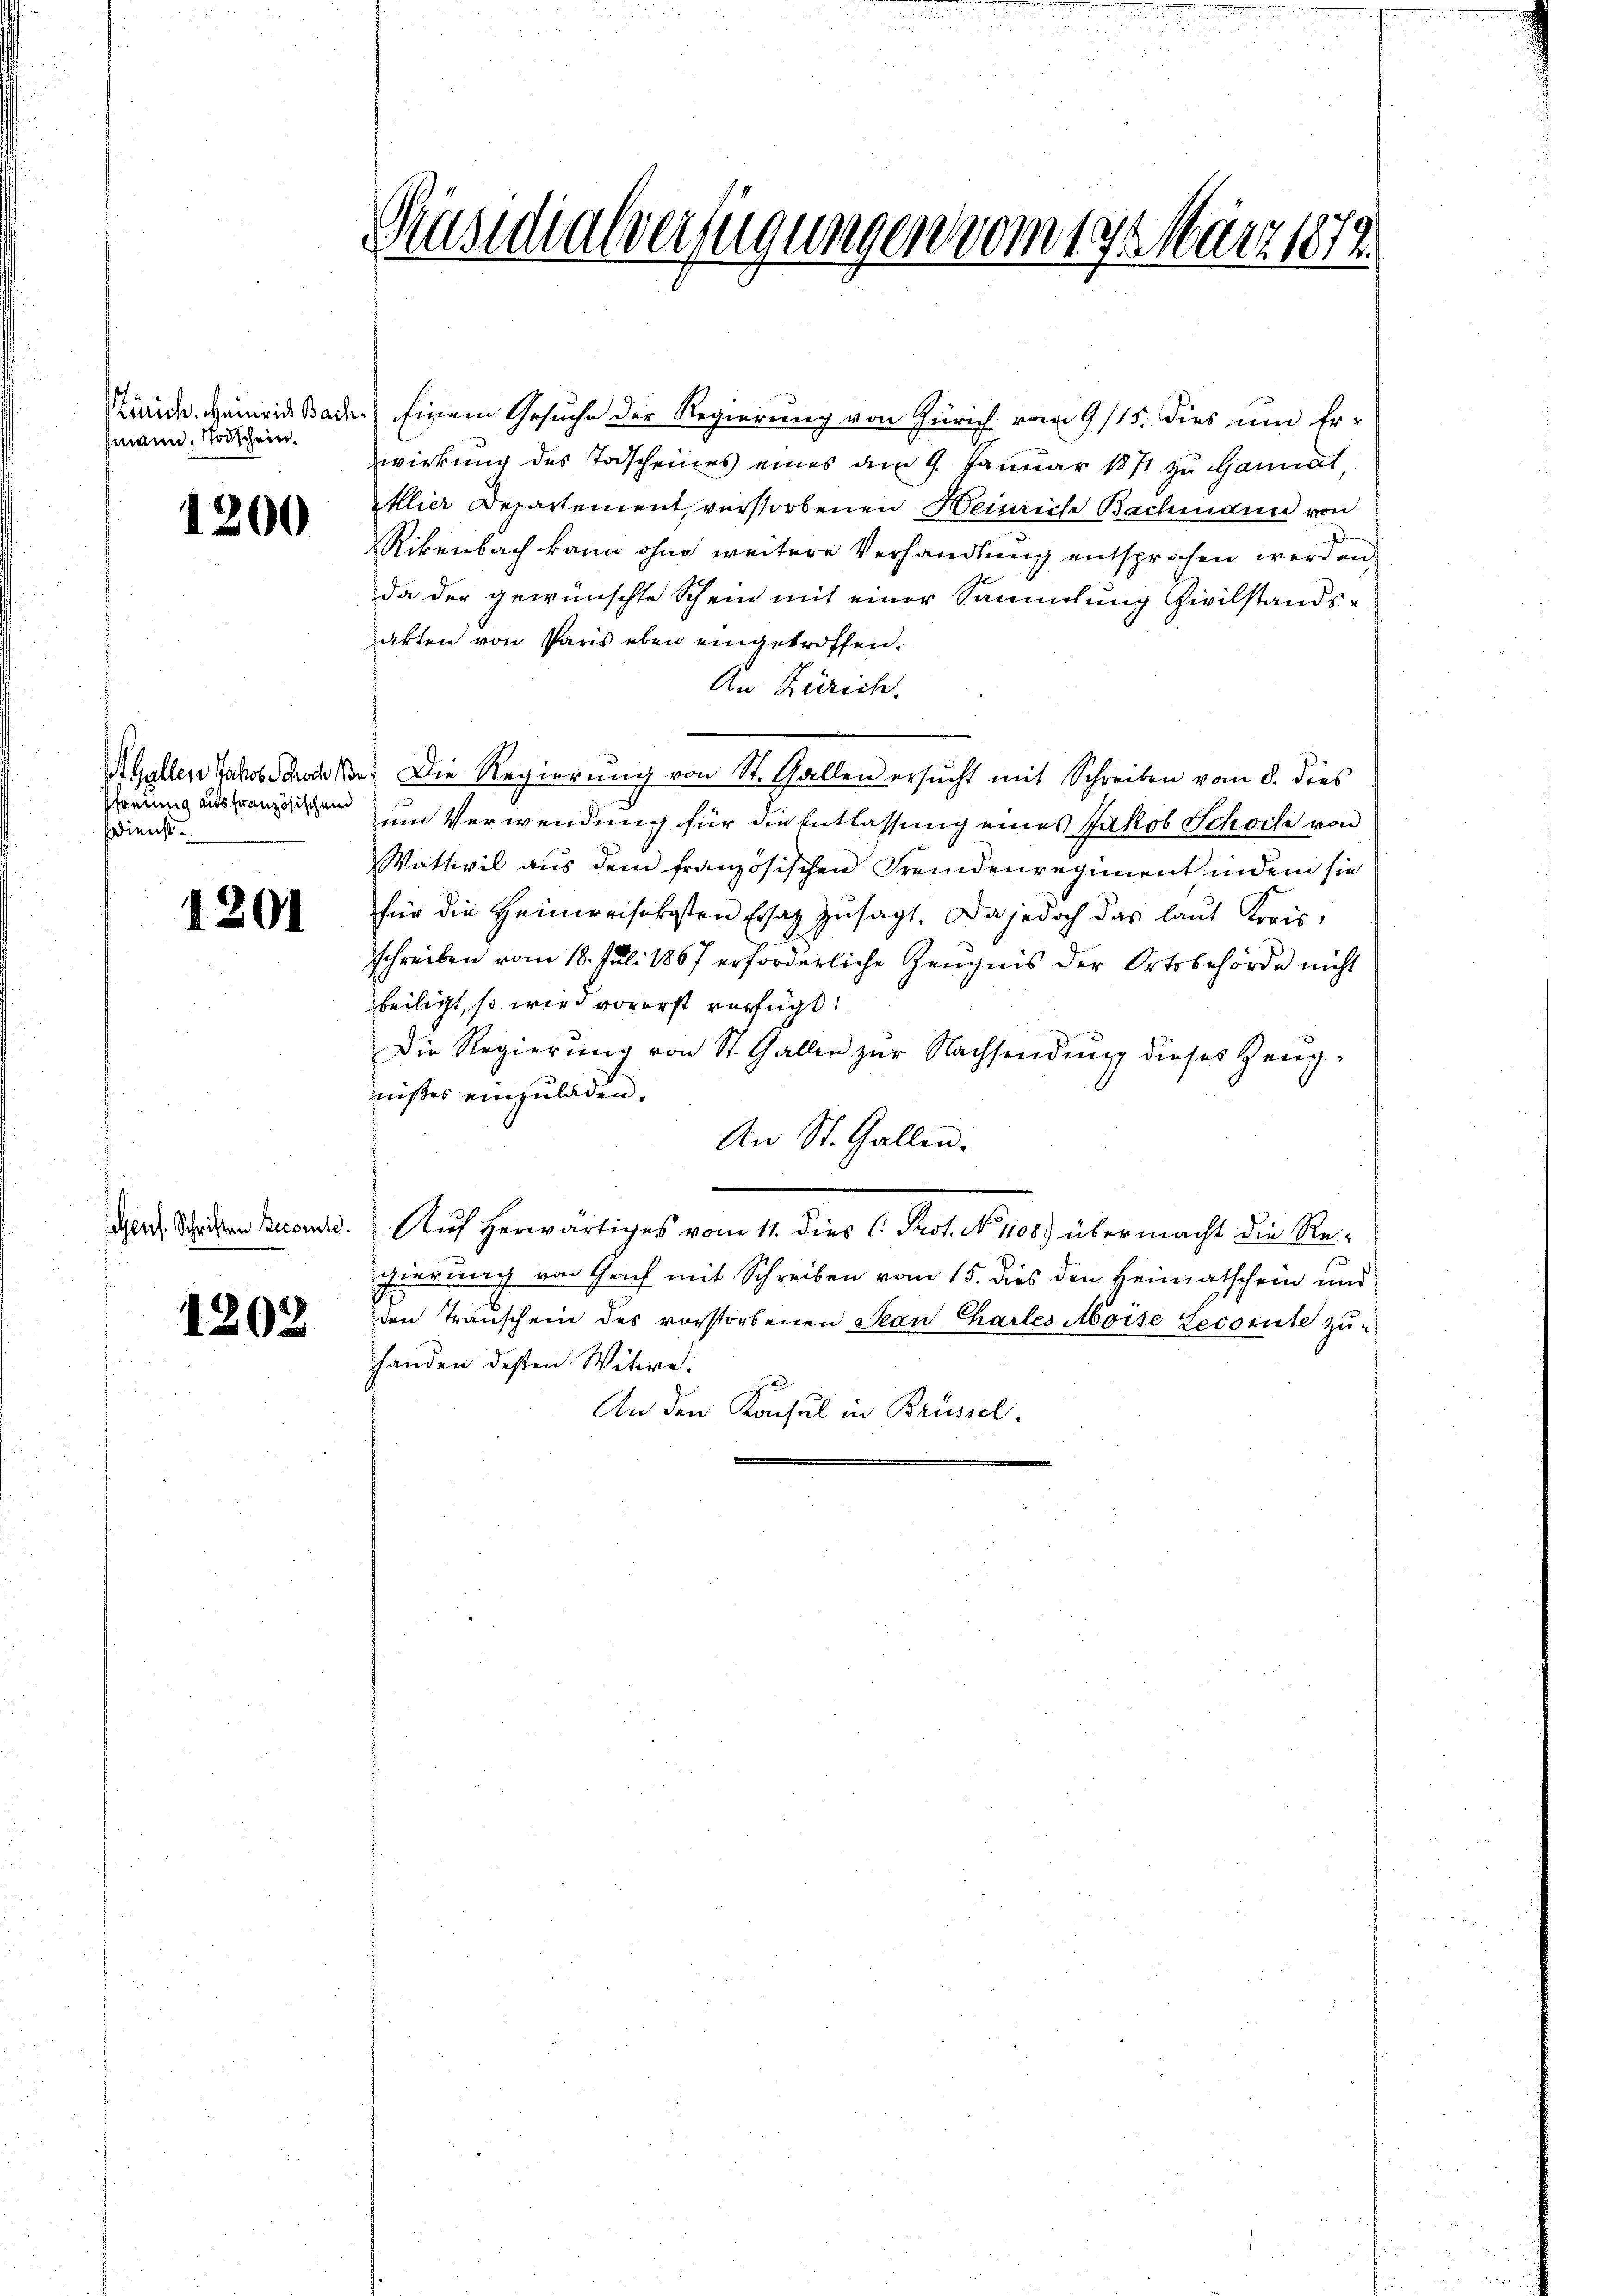
hmann. Todschein.

1200

A. Gallen Jakob Schoch
Pfreiung aus französischen
dienst.

1201

1202

Präsidialverfügungen vom 19. März 1879.

Zürich. Heinrich Bade. Einem Gesuche der Regierung von Zürich vom 9/15. dies und Erwirkung des Todscheines eines am 9. Januar 1871 zu Hannat,
lier Departement, verstorbenen Heinriche Bachmann von
Rikenbach kann ohne weitere Verhandlung entsprochen werden,
da der gewünschte Schein mit einer Sammlung Civilstandsakten von Paris eben eingetroffen.
An Zürich.
um Verwendung für die Entlassung eines Jakob Schoch von
Wattwil aus dem französischen Fremdenregiment indem sie
für die Heimreisekosten Ersatz zusagt. Da jedoch das laut Kreisschreiben vom 18. Juli 1867 erforderliche Zeugnis der Ortsbehörde nicht
beiligt, so wird vorerst verfügt:
Die Regierung von St. Gallen zur Nachsendung dieses Zeugnißes einzuladen.
An St. Gallen.
der Schicken secund. Auf herwärtiges vom 11. dies C. Prot. N. 1108.) übermacht die Regierung von Geich mit Schreiben vom 15. dies den Heimatschein und
den Trauschein des vorstorbenen Jean Chartes Moise Lecomite zuhanden desten Witwe.
An den Konsul in Brüssel.

da. Die Regierŭng von St. Gallen ersŭcht mit Schreiben vom 8. dies